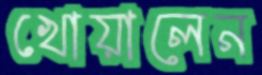
খোয়ালেন